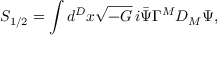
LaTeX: S _ { 1 / 2 } = \int d ^ { D } x \sqrt { - G } \, i \bar { \Psi } \Gamma ^ { M } D _ { M } \Psi ,